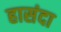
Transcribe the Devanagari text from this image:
हासंदा